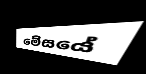
මේසයේ